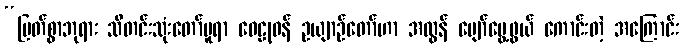
“မြတ်စွာဘုရား သီတင်းသုံးတော်မူရာ ဝေဠုဝန် ဥယျာဉ်တော်ဟာ အလွန် ပျော်မွေ့ဖွယ် ကောင်းတဲ့ အကြောင်း